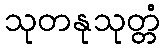
သုတနုသုတ္တံ